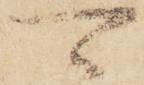
可